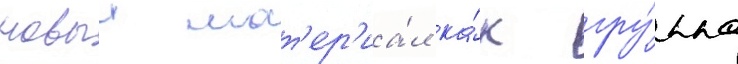
новыи мат'ер'иа́л ка́к гру́ппа